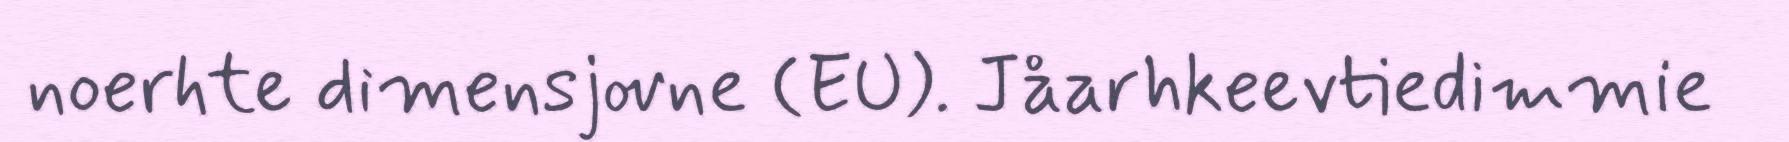
noerhte dimensjovne (EU). Jåarhkeevtiedimmie